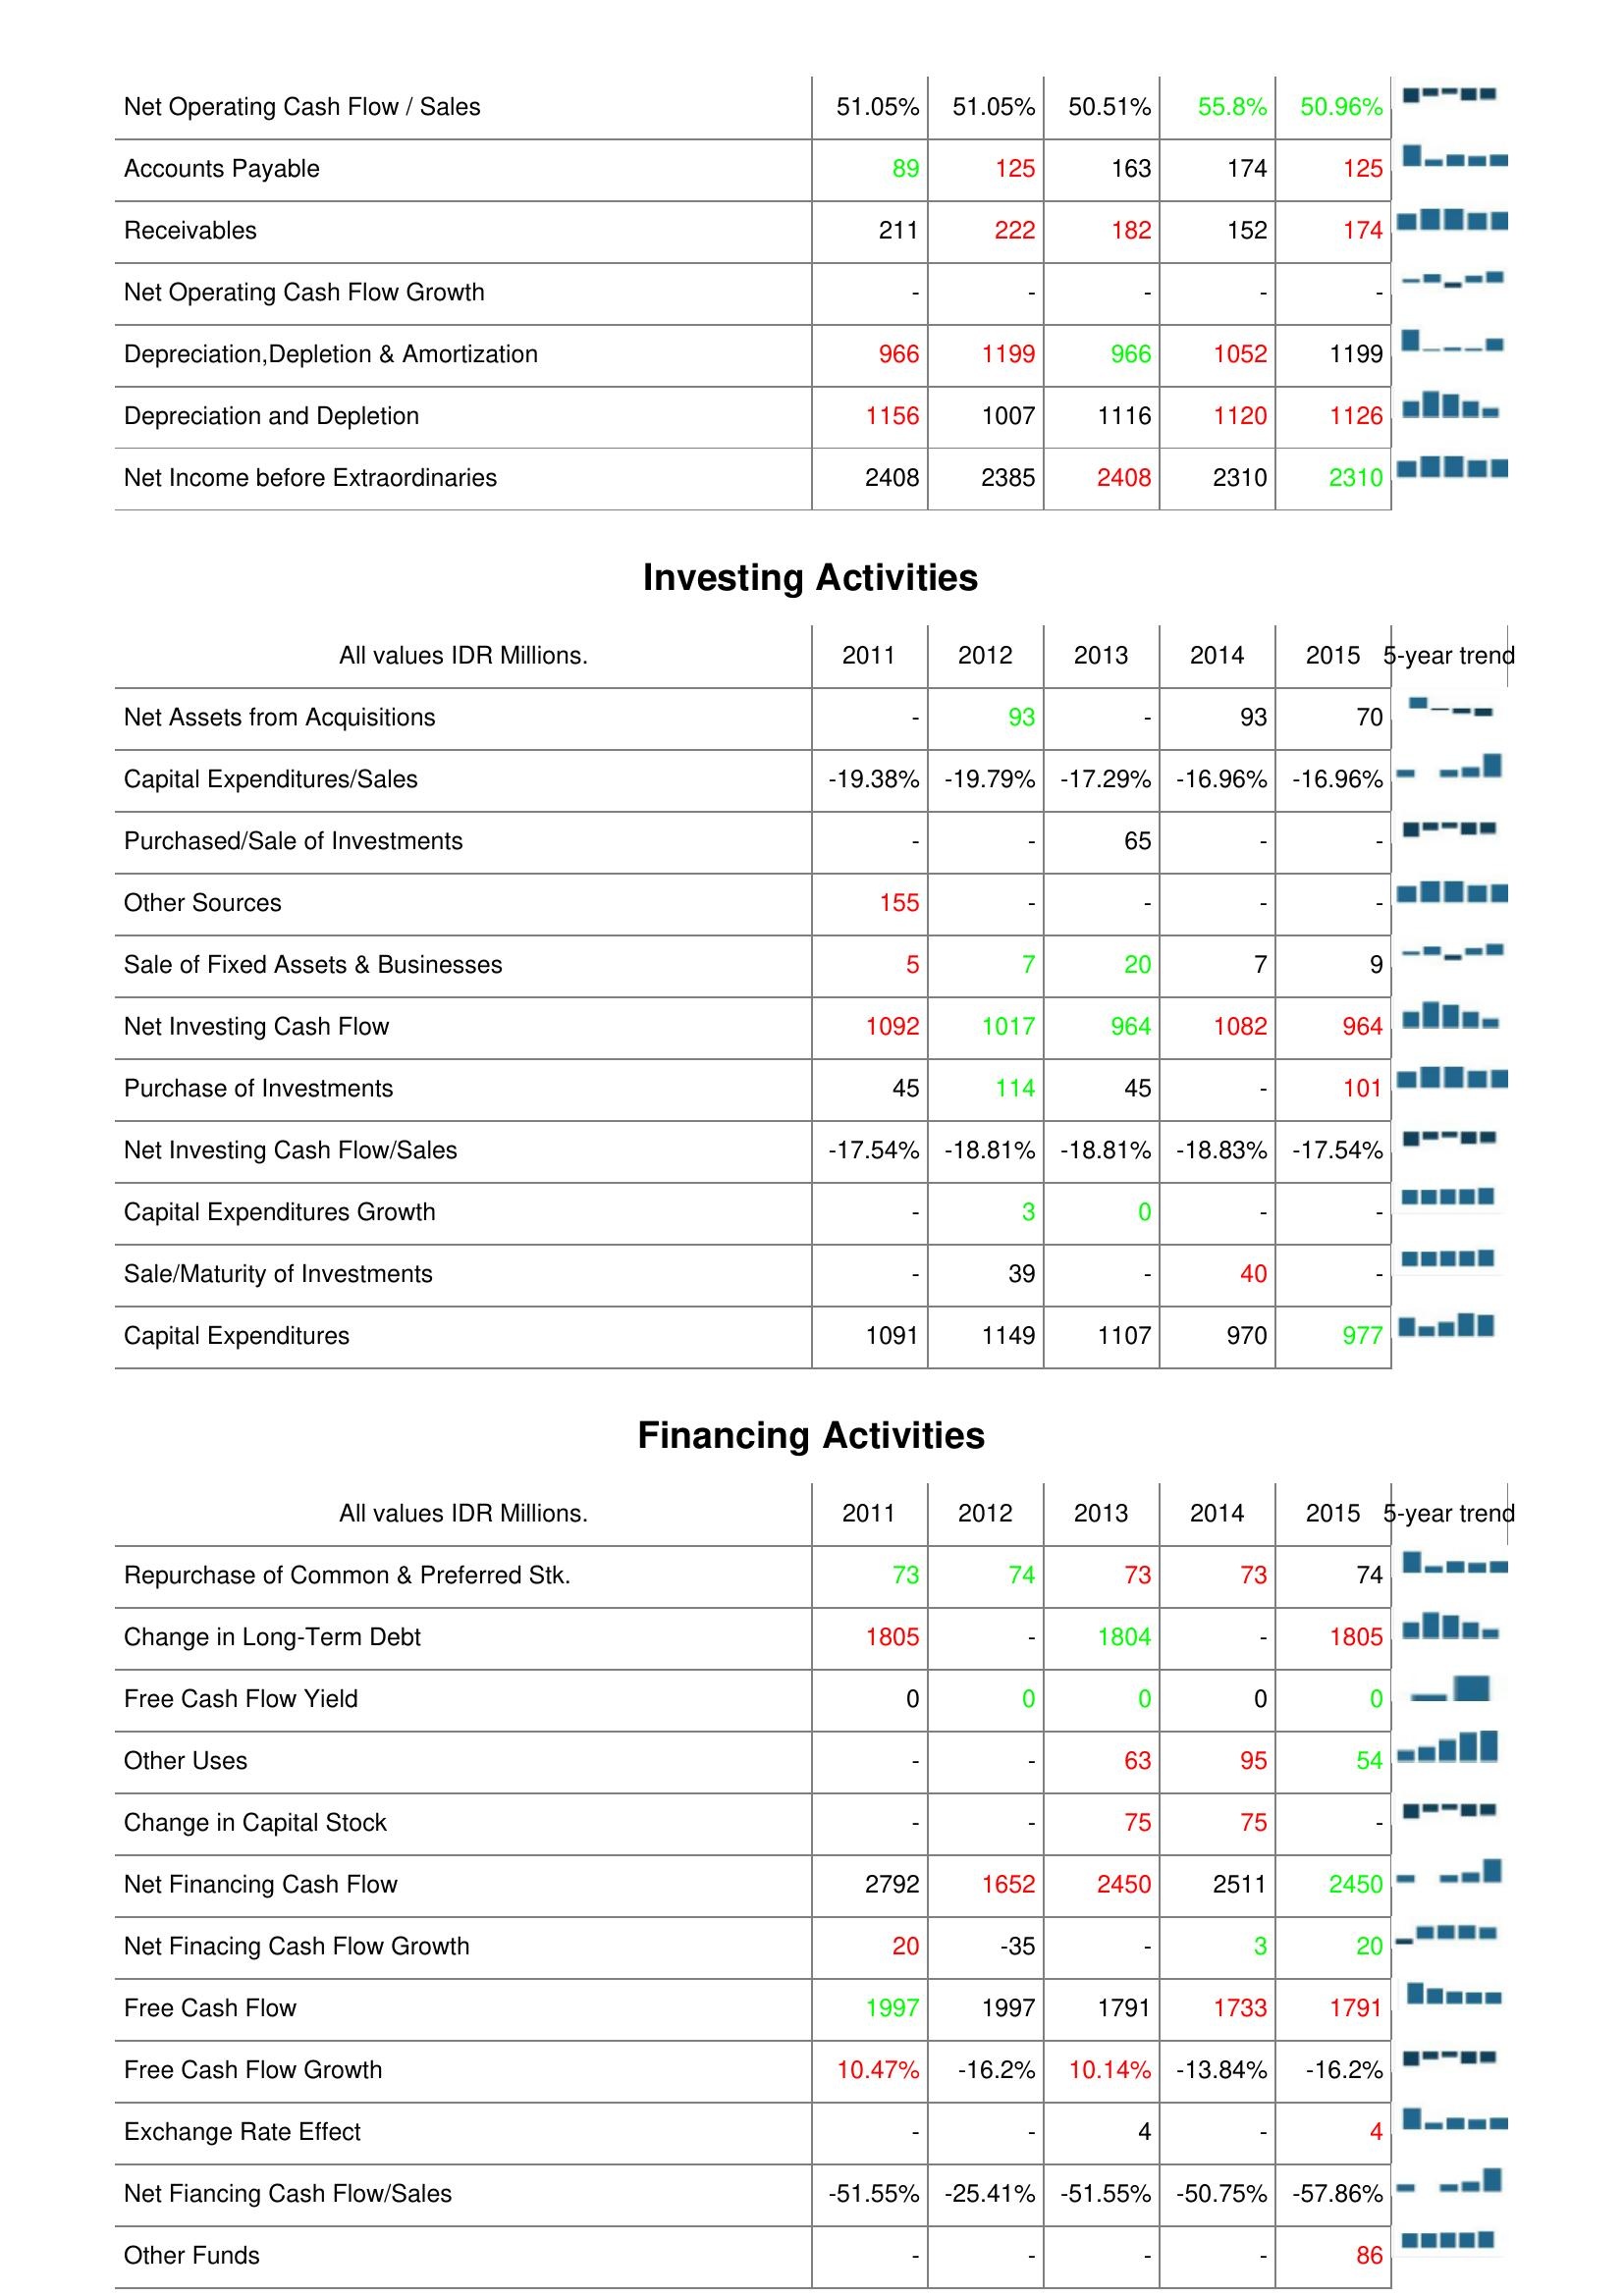
2011: Operating Activities: Net Operating Cash Flow / Sales: 51.05%
Accounts Payable: 89
Receivables: 211
Net Operating Cash Flow Growth: -
Depreciation,Depletion & Amortization: 966
Depreciation and Depletion: 1156
Net Income before Extraordinaries: 2408
Investing Activities: Net Assets from Acquisitions: -
Capital Expenditures/Sales: -19.38%
Purchased/Sale of Investments: -
Other Sources: 155
Sale of Fixed Assets & Businesses: 5
Net Investing Cash Flow: 1092
Purchase of Investments: 45
Net Investing Cash Flow/Sales: -17.54%
Capital Expenditures Growth: -
Sale/Maturity of Investments: -
Capital Expenditures: 1091
Financing Activities: Repurchase of Common & Preferred Stk.: 73
Change in Long-Term Debt: 1805
Free Cash Flow Yield: 0
Other Uses: -
Change in Capital Stock: -
Net Financing Cash Flow: 2792
Net Finacing Cash Flow Growth: 20
Free Cash Flow: 1997
Free Cash Flow Growth: 10.47%
Exchange Rate Effect: -
Net Fiancing Cash Flow/Sales: -51.55%
Other Funds: -
2012: Operating Activities: Net Operating Cash Flow / Sales: 51.05%
Accounts Payable: 125
Receivables: 222
Net Operating Cash Flow Growth: -
Depreciation,Depletion & Amortization: 1199
Depreciation and Depletion: 1007
Net Income before Extraordinaries: 2385
Investing Activities: Net Assets from Acquisitions: 93
Capital Expenditures/Sales: -19.79%
Purchased/Sale of Investments: -
Other Sources: -
Sale of Fixed Assets & Businesses: 7
Net Investing Cash Flow: 1017
Purchase of Investments: 114
Net Investing Cash Flow/Sales: -18.81%
Capital Expenditures Growth: 3
Sale/Maturity of Investments: 39
Capital Expenditures: 1149
Financing Activities: Repurchase of Common & Preferred Stk.: 74
Change in Long-Term Debt: -
Free Cash Flow Yield: 0
Other Uses: -
Change in Capital Stock: -
Net Financing Cash Flow: 1652
Net Finacing Cash Flow Growth: -35
Free Cash Flow: 1997
Free Cash Flow Growth: -16.2%
Exchange Rate Effect: -
Net Fiancing Cash Flow/Sales: -25.41%
Other Funds: -
2013: Operating Activities: Net Operating Cash Flow / Sales: 50.51%
Accounts Payable: 163
Receivables: 182
Net Operating Cash Flow Growth: -
Depreciation,Depletion & Amortization: 966
Depreciation and Depletion: 1116
Net Income before Extraordinaries: 2408
Investing Activities: Net Assets from Acquisitions: -
Capital Expenditures/Sales: -17.29%
Purchased/Sale of Investments: 65
Other Sources: -
Sale of Fixed Assets & Businesses: 20
Net Investing Cash Flow: 964
Purchase of Investments: 45
Net Investing Cash Flow/Sales: -18.81%
Capital Expenditures Growth: 0
Sale/Maturity of Investments: -
Capital Expenditures: 1107
Financing Activities: Repurchase of Common & Preferred Stk.: 73
Change in Long-Term Debt: 1804
Free Cash Flow Yield: 0
Other Uses: 63
Change in Capital Stock: 75
Net Financing Cash Flow: 2450
Net Finacing Cash Flow Growth: -
Free Cash Flow: 1791
Free Cash Flow Growth: 10.14%
Exchange Rate Effect: 4
Net Fiancing Cash Flow/Sales: -51.55%
Other Funds: -
2014: Operating Activities: Net Operating Cash Flow / Sales: 55.8%
Accounts Payable: 174
Receivables: 152
Net Operating Cash Flow Growth: -
Depreciation,Depletion & Amortization: 1052
Depreciation and Depletion: 1120
Net Income before Extraordinaries: 2310
Investing Activities: Net Assets from Acquisitions: 93
Capital Expenditures/Sales: -16.96%
Purchased/Sale of Investments: -
Other Sources: -
Sale of Fixed Assets & Businesses: 7
Net Investing Cash Flow: 1082
Purchase of Investments: -
Net Investing Cash Flow/Sales: -18.83%
Capital Expenditures Growth: -
Sale/Maturity of Investments: 40
Capital Expenditures: 970
Financing Activities: Repurchase of Common & Preferred Stk.: 73
Change in Long-Term Debt: -
Free Cash Flow Yield: 0
Other Uses: 95
Change in Capital Stock: 75
Net Financing Cash Flow: 2511
Net Finacing Cash Flow Growth: 3
Free Cash Flow: 1733
Free Cash Flow Growth: -13.84%
Exchange Rate Effect: -
Net Fiancing Cash Flow/Sales: -50.75%
Other Funds: -
2015: Operating Activities: Net Operating Cash Flow / Sales: 50.96%
Accounts Payable: 125
Receivables: 174
Net Operating Cash Flow Growth: -
Depreciation,Depletion & Amortization: 1199
Depreciation and Depletion: 1126
Net Income before Extraordinaries: 2310
Investing Activities: Net Assets from Acquisitions: 70
Capital Expenditures/Sales: -16.96%
Purchased/Sale of Investments: -
Other Sources: -
Sale of Fixed Assets & Businesses: 9
Net Investing Cash Flow: 964
Purchase of Investments: 101
Net Investing Cash Flow/Sales: -17.54%
Capital Expenditures Growth: -
Sale/Maturity of Investments: -
Capital Expenditures: 977
Financing Activities: Repurchase of Common & Preferred Stk.: 74
Change in Long-Term Debt: 1805
Free Cash Flow Yield: 0
Other Uses: 54
Change in Capital Stock: -
Net Financing Cash Flow: 2450
Net Finacing Cash Flow Growth: 20
Free Cash Flow: 1791
Free Cash Flow Growth: -16.2%
Exchange Rate Effect: 4
Net Fiancing Cash Flow/Sales: -57.86%
Other Funds: 86